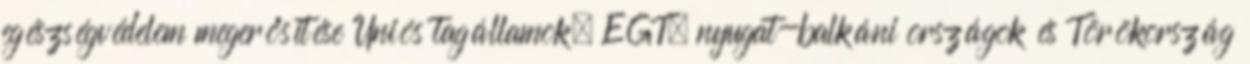
egészségvédelem megerősítése Uniós tagállamok, EGT, nyugat-balkáni országok és Törökország